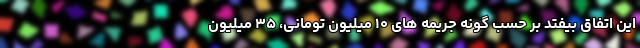
این اتفاق بیفتد بر حسب گونه جریمه های ۱۰ میلیون تومانی، ۳۵ میلیون